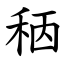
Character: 䄼